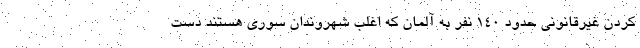
کردن غیرقانونی حدود ۱۴۰ نفر به آلمان که اغلب شهروندان سوری هستند دست